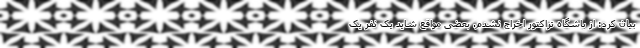
بیان کرد: از باشگاه تراکتور اخراج نشدم. بعضی مواقع شاید یک نفر یک